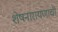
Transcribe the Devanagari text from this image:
शेषनारायणाची